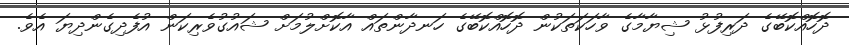
ދޮހޮއްކޮބޭގެ ދަރިފުޅު ޝިޔާމާގެ ވާހަކަތަކުން ދޮހޮއްކޮބޭގެ ހަނދާންތައް އާކޮށްލުމަށް ޝައުގުވެރިކަން އުފެދިގެންދިޔަ އެވެ.